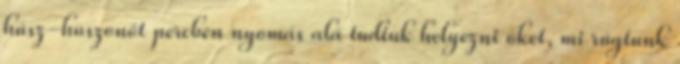
húsz-huszonöt percben nyomás alá tudtuk helyezni őket, mi rúgtunk